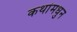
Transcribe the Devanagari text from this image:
कथांमधुन